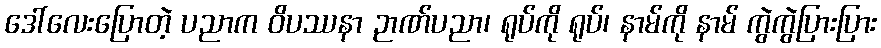
ဒေါ်လေးပြောတဲ့ ပညာက ဝိပဿနာ ဉာဏ်ပညာ၊ ရုပ်ကို ရုပ်၊ နာမ်ကို နာမ် ကွဲကွဲပြားပြား